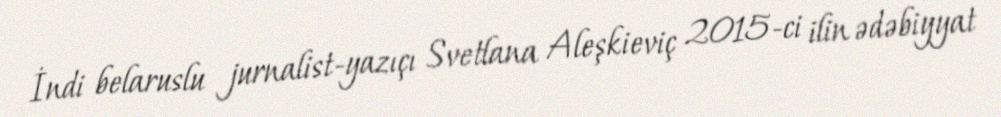
İndi belaruslu jurnalist-yazıçı Svetlana Aleşkieviç 2015-ci ilin ədəbiyyat